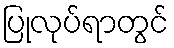
ပြုလုပ်ရာတွင်